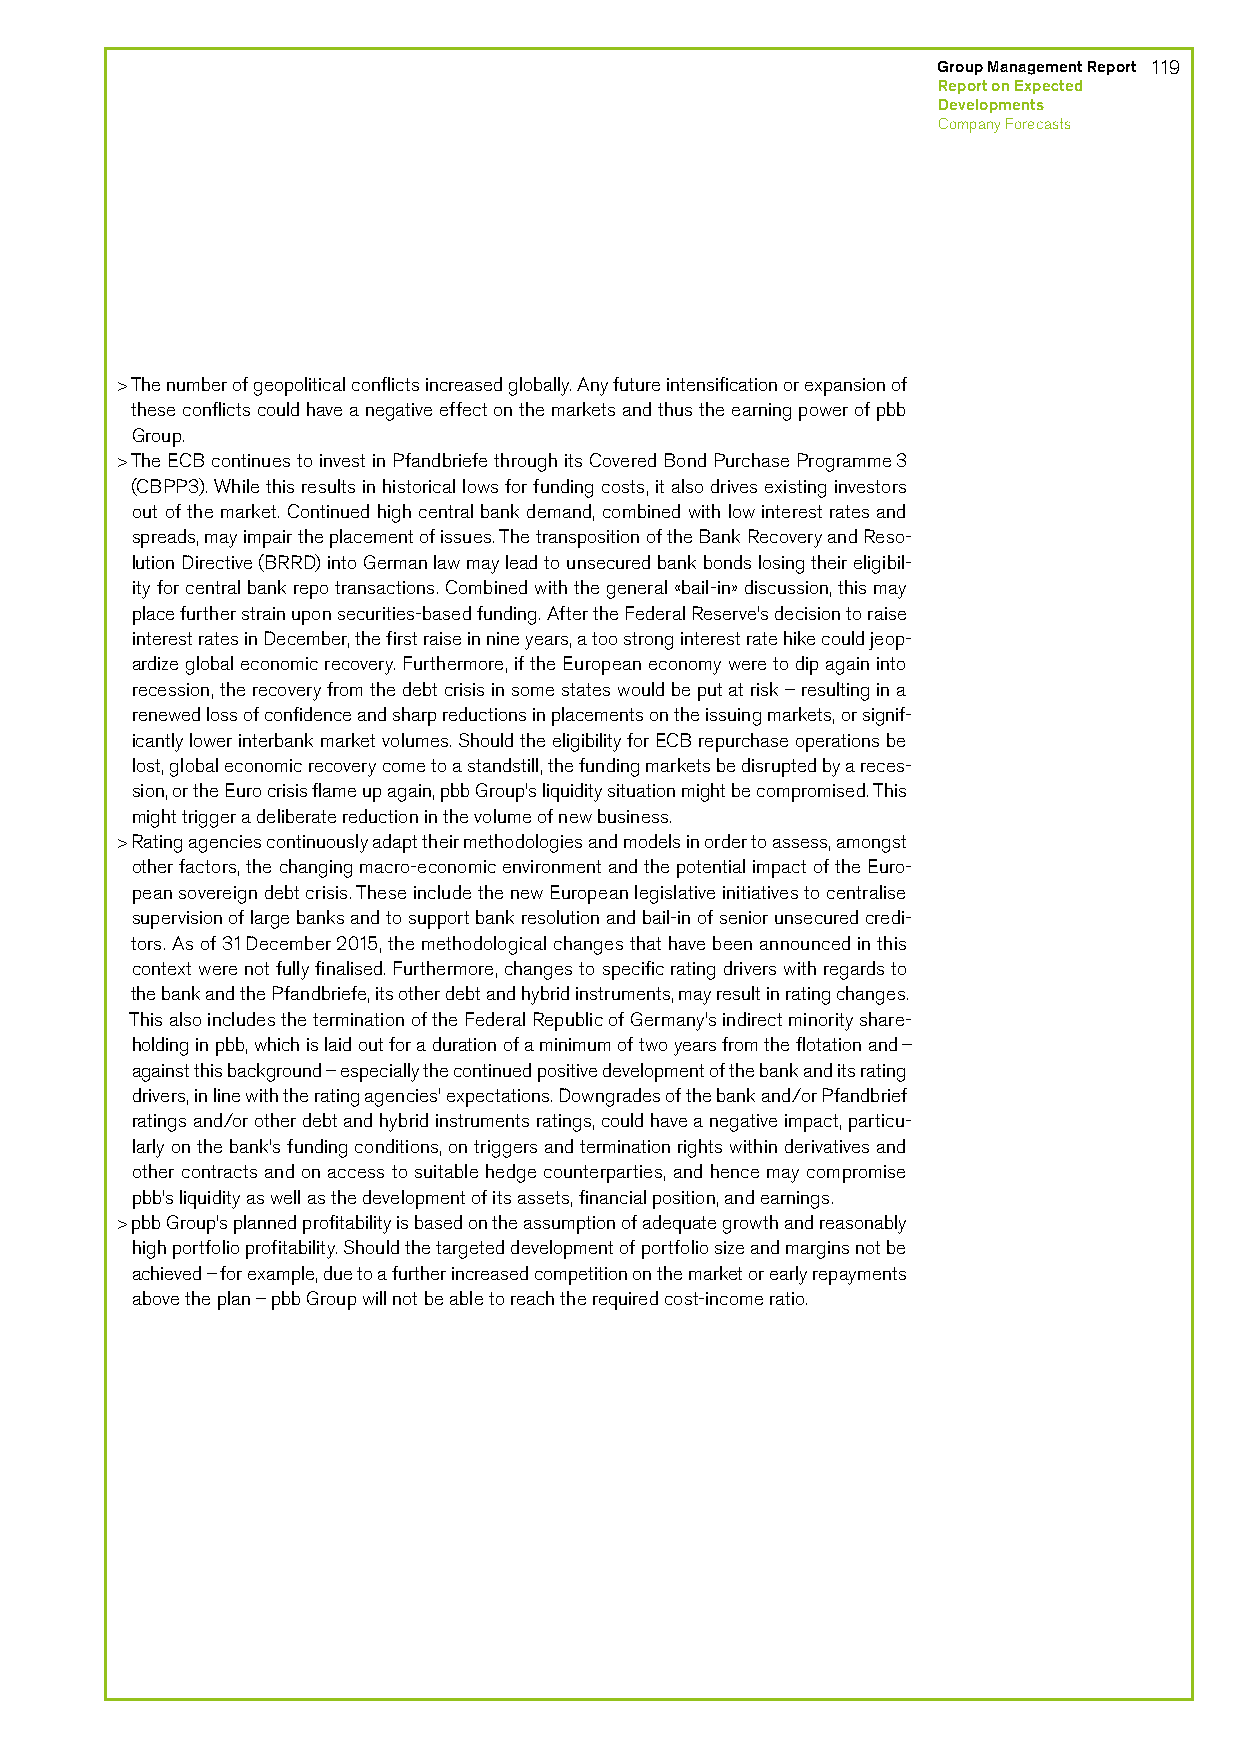
Group Management Report 119
 Report on Expected
 Developments
 Company Forecasts
 > The number of geopolitical conflicts increased globally. Any future intensification or expansion of
 these conflicts could have a negative effect on the markets and thus the earning power of pbb
 Group.
 > The ECB continues to invest in Pfandbriefe through its Covered Bond Purchase Programme 3
 (CBPP3). While this results in historical lows for funding costs, it also drives existing investors
 out of the market. Continued high central bank demand, combined with low interest rates and
 spreads, may impair the placement of issues. The transposition of the Bank Recovery and Reso-
 lution Directive (BRRD) into German law may lead to unsecured bank bonds losing their eligibil-
 ity for central bank repo transactions. Combined with the general «bail-in» discussion, this may
 place further strain upon securities-based funding. After the Federal Reserve’s decision to raise
 interest rates in December, the first raise in nine years, a too strong interest rate hike could jeop-
 ardize global economic recovery. Furthermore, if the European economy were to dip again into
 recession, the recovery from the debt crisis in some states would be put at risk – resulting in a
 renewed loss of confidence and sharp reductions in placements on the issuing markets, or signif-
 icantly lower interbank market volumes. Should the eligibility for ECB repurchase operations be
 lost, global economic recovery come to a standstill, the funding markets be disrupted by a reces-
 sion, or the Euro crisis flame up again, pbb Group’s liquidity situation might be compromised. This
 might trigger a deliberate reduction in the volume of new business.
 > Rating agencies continuously adapt their methodologies and models in order to assess, amongst
 other factors, the changing macro-economic environment and the potential impact of the Euro-
 pean sovereign debt crisis. These include the new European legislative initiatives to centralise
 supervision of large banks and to support bank resolution and bail-in of senior unsecured credi-
 tors. As of 31 December 2015, the methodological changes that have been announced in this
 context were not fully finalised. Furthermore, changes to specific rating drivers with regards to
 the bank and the Pfandbriefe, its other debt and hybrid instruments, may result in rating changes.
 This also includes the termination of the Federal Republic of Germany’s indirect minority share-
 holding in pbb, which is laid out for a duration of a minimum of two years from the flotation and –
 against this background – especially the continued positive development of the bank and its rating
 drivers, in line with the rating agencies’ expectations. Downgrades of the bank and/or Pfandbrief
 ratings and/or other debt and hybrid instruments ratings, could have a negative impact, particu-
 larly on the bank’s funding conditions, on triggers and termination rights within derivatives and
 other contracts and on access to suitable hedge counterparties, and hence may compromise
 pbb’s liquidity as well as the development of its assets, financial position, and earnings.
 > pbb Group’s planned profitability is based on the assumption of adequate growth and reasonably
 high portfolio profitability. Should the targeted development of portfolio size and margins not be
 achieved – for example, due to a further increased competition on the market or early repayments
 above the plan – pbb Group will not be able to reach the required cost-income ratio.